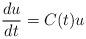
LaTeX: \begin{align*}\frac{du}{dt} = C(t) u\end{align*}